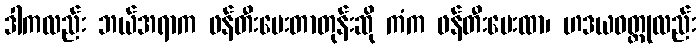
ဒါကလည်း ဘယ်အရာက ဖန်တီးပေးတာတုန်းဆို ကံက ဖန်တီးပေးထာ၊ ဟဒယဝတ္ထုလည်း